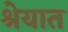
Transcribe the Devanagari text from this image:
श्रेयात